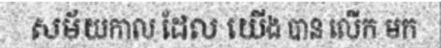
សម័យកាល ដែល យើង បាន លើក មក